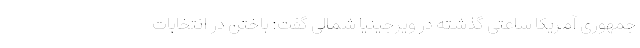
جمهوری آمریکا ساعتی گذشته در ویرجینیا شمالی گفت: باختن در انتخابات